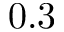
0 . 3